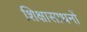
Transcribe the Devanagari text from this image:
शिक्षासाधनों